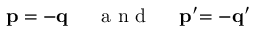
\mathbf { p = - q } \mathrm { ~ \quad ~ a ~ n ~ d ~ \quad ~ } \mathbf { p } ^ { \prime } \mathbf { = - q } ^ { \prime }